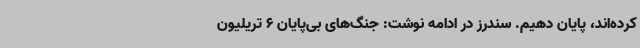
کرده‌اند، پایان دهیم. سندرز در ادامه نوشت: جنگ‌های بی‌پایان 6 تریلیون